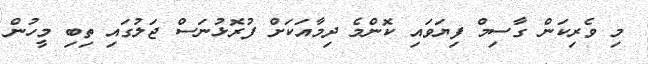
މި ވެރިކަން ގާސިމް ފިޔަވައި ކޮންމެ ދިމާއަކަށް ފުރޮޅުނަސް ޖަލުގައި ތިބި މީހުން